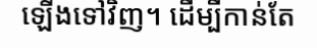
ឡើងទៅវិញ។ ដើម្បីកាន់តែ